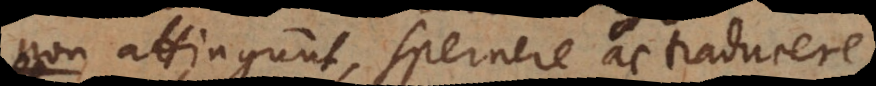
non attingunt, spernere ac traducere,